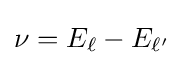
\nu =E_{\ell }-E_{\ell ^{\prime }}